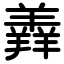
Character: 羴